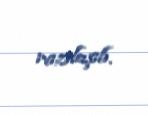
razılaşıb.